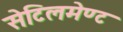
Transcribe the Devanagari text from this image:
सेटिलमेण्ट